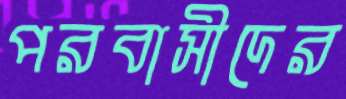
পরবাসীদের